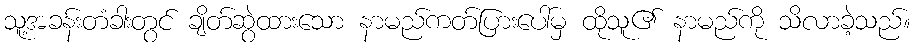
သူ့အခန်းတံခါးတွင် ချိတ်ဆွဲထားသော နာမည်ကတ်ပြားပေါ်မှ ထိုသူ၏ နာမည်ကို သိလာခဲ့သည်။